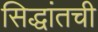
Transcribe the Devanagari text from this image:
सिद्धांतची